画像に写った文字を読んでください
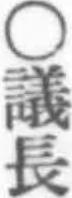
「○議長」と書いてあります